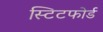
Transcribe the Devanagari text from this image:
स्टिटफोर्ड